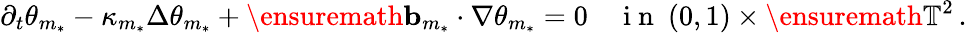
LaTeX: \partial_{t}\theta_{m_{*}}-\kappa_{m_{*}}\Delta\theta_{m_{*}}+\ensuremath{\mathbf{b}}_{m_{*}}\cdot\nabla\theta_{m_{*}}=0\quad\mathrm{~i~n~}\ (0,1)\times\ensuremath{\mathbb{T}}^{2}\, .